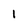
Character: I